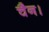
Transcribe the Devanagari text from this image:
चैन।